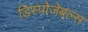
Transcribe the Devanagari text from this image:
डिस्पोजेबल्स